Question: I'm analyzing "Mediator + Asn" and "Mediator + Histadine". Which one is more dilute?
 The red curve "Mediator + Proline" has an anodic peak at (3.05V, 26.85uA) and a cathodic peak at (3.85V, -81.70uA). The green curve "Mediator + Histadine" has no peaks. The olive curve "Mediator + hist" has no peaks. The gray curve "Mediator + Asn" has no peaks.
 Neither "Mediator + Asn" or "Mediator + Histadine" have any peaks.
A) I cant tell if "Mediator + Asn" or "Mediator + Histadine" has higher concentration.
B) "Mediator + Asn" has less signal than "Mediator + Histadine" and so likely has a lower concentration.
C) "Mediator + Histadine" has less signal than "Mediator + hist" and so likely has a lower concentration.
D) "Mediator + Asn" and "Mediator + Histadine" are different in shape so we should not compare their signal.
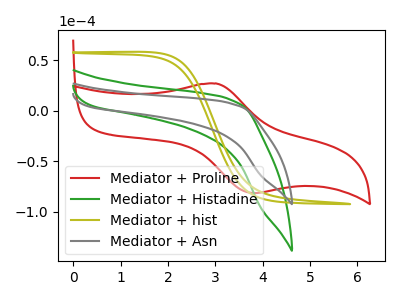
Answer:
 <answer>A) I cant tell if "Mediator + Asn" or "Mediator + Histadine" has higher concentration.</answer>
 <eval>A</eval>